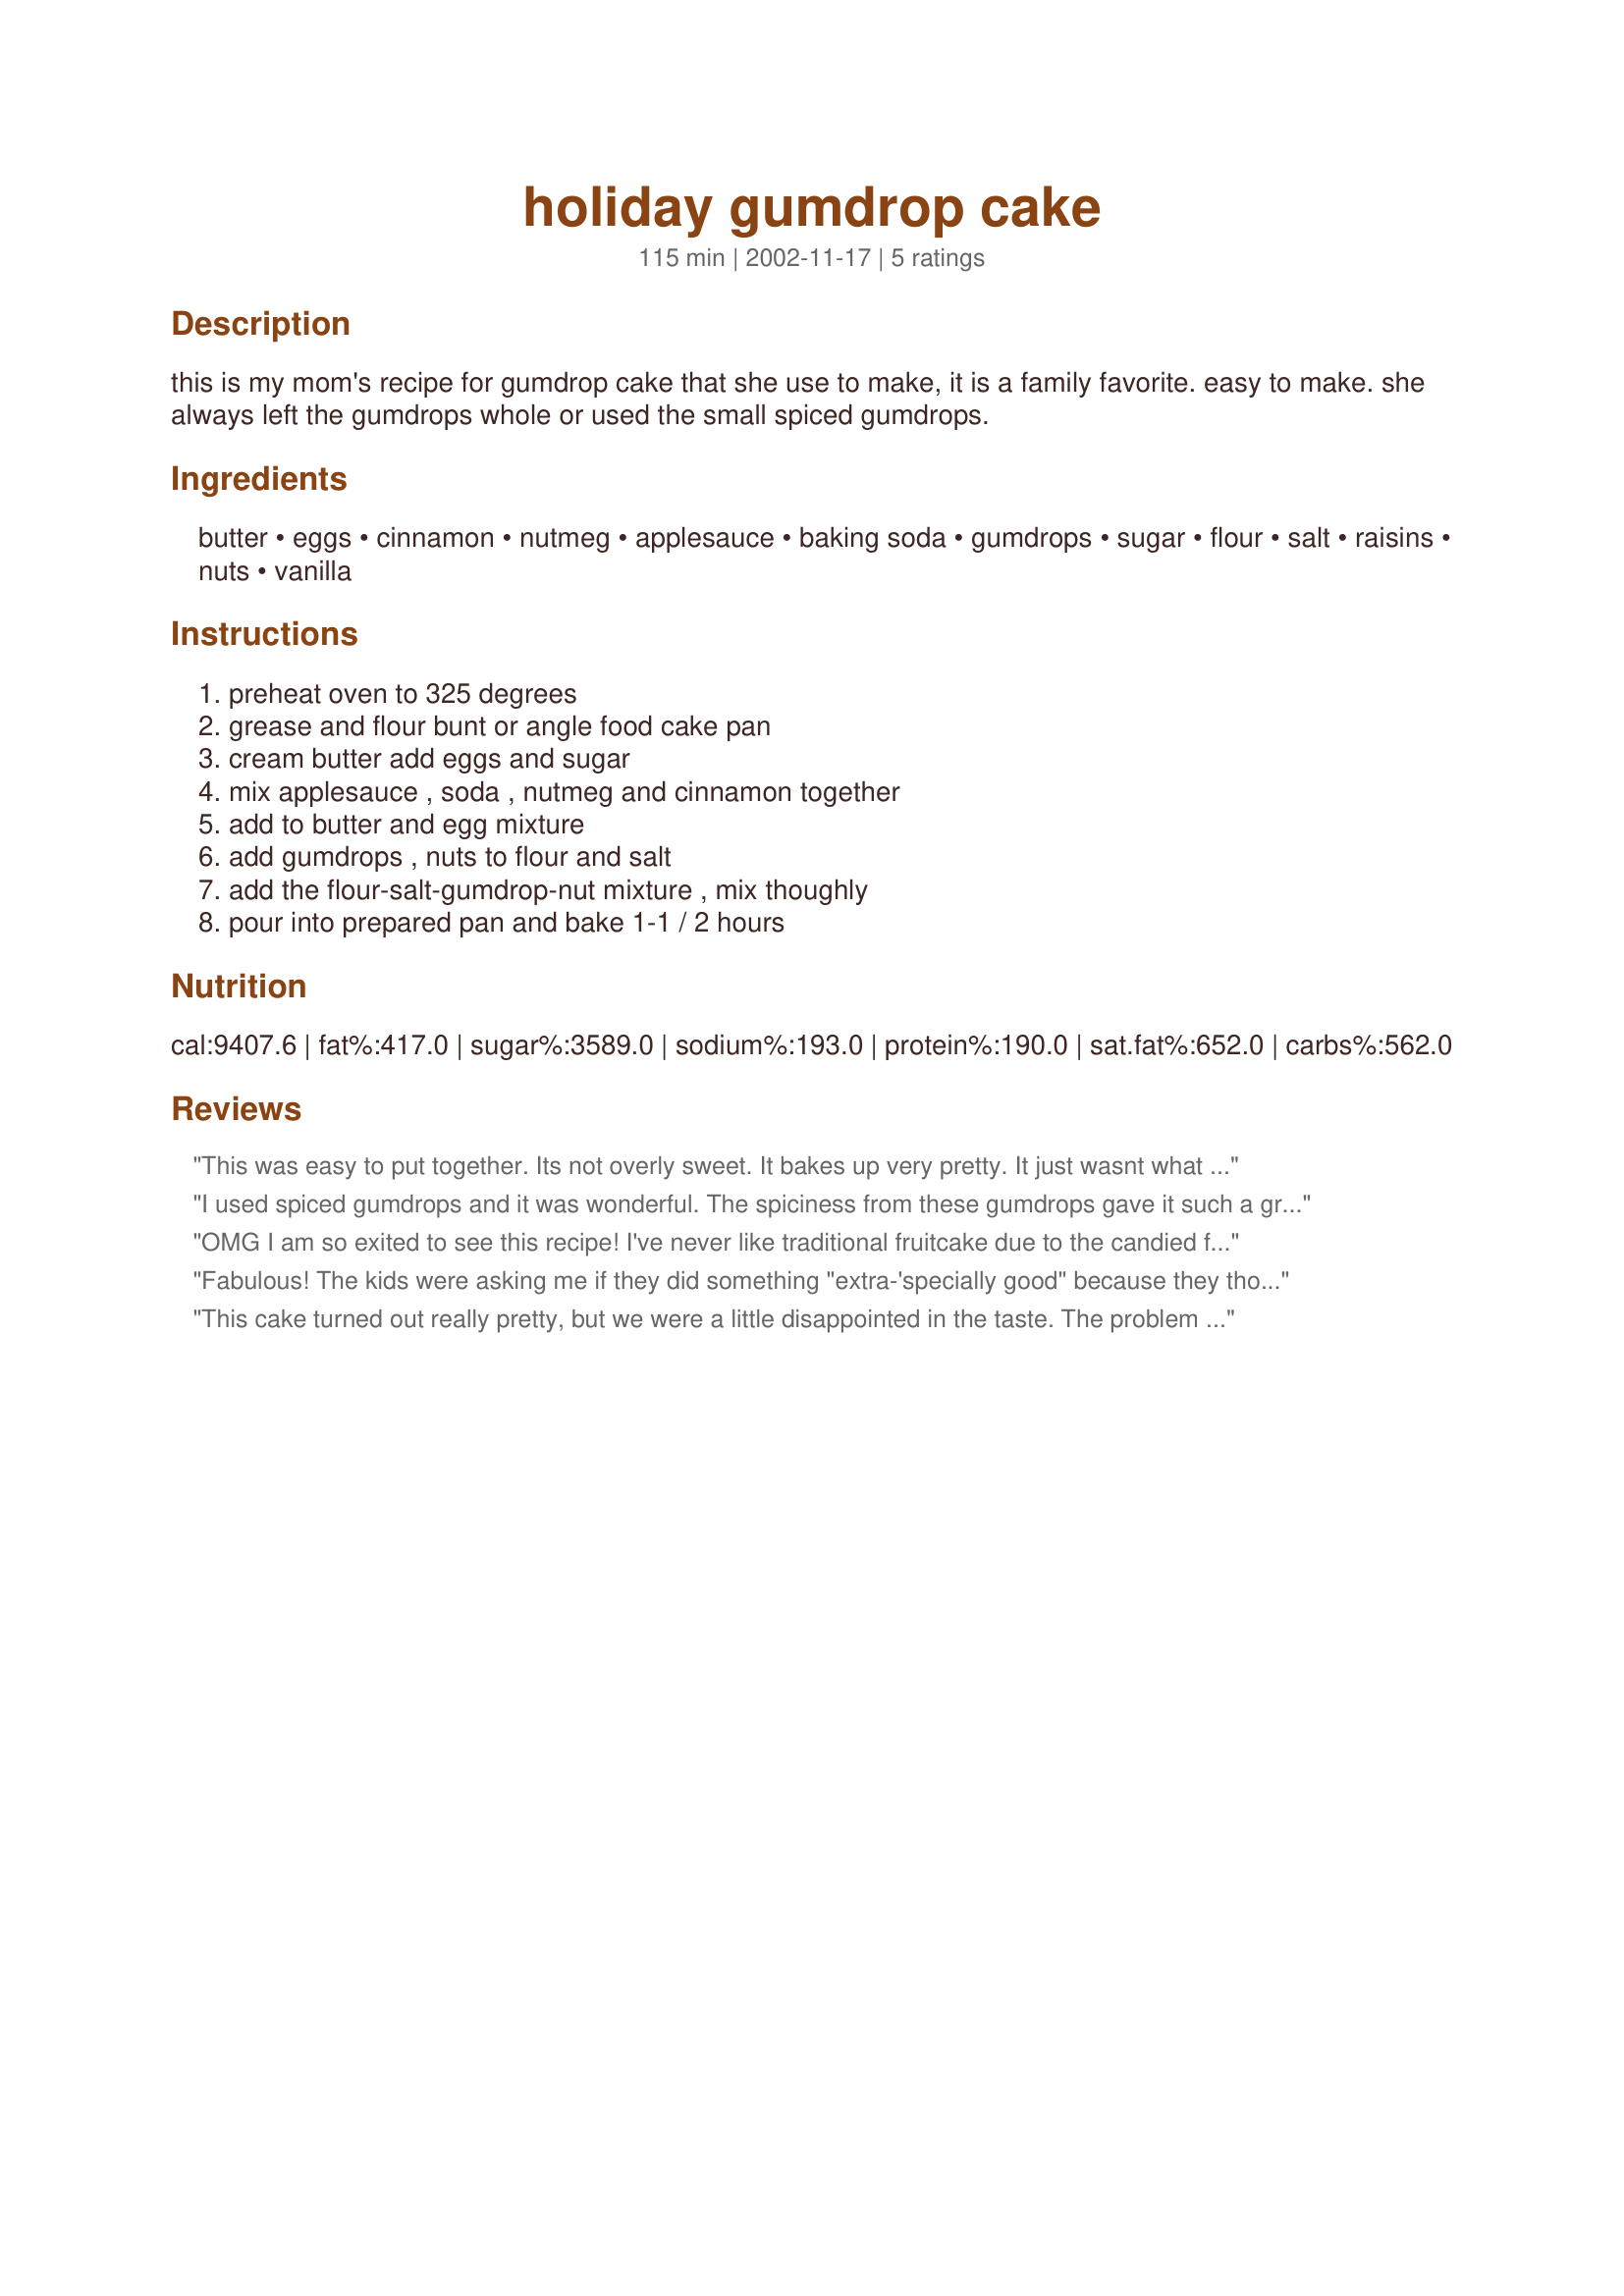
holiday gumdrop cake
Preparation time: 115 minutes

this is my mom's recipe for gumdrop cake that she use to make, it is a family favorite. easy to make. she always left the gumdrops whole or used the small spiced gumdrops.

Ingredients:
butter, eggs, cinnamon, nutmeg, applesauce, baking soda, gumdrops, sugar, flour, salt, raisins, nuts, vanilla

Steps:
preheat oven to 325 degrees, grease and flour bunt or angle food cake pan, cream butter add eggs and sugar, mix applesauce , soda , nutmeg and cinnamon together, add to butter and egg mixture, add gumdrops , nuts to flour and salt, add the flour-salt-gumdrop-nut mixture , mix thoughly, pour into prepared pan and bake 1-1 / 2 hours

Reviews:
This was easy to put together. Its not overly sweet. It bakes up very pretty. It just wasnt what we were looking for.
I used spiced gumdrops and it was wonderful. The spiciness from these gumdrops gave it such a great flavor with each bite! I did cut the gumdrops in half and it worked great! I left my nuts in larger pieces too and I used chunky applesauce in mine so you got bits of apple throughout too. I used a sugar glaze on the top and just drizzled it down over the top. We all loved it here! Such a pretty presentation and a real belly tickler for my grandkids!
OMG I am so exited to see this recipe! I've never like traditional fruitcake due to the candied fruit. Once as a child, my neighbor brought us over a "fruitcake" (in a loaf pan) for Christmas but instead of candied cherries there were gumdrops! I loved it and I've been looking for the recipe ever since. Looking forward to trying this.
Fabulous! The kids were asking me if they did something "extra-'specially good" because they thought I made this to reward them. This is not the kind of fruitcake that everyone groans when they get it at the holidays, and then gives it away, and it continues to be "given away" as a symbolic gift for years. This is one you will not only actually want to eat - but make again!
This cake turned out really pretty, but we were a little disappointed in the taste. The problem was that the gumdrops, numerous as they were, were just a tad overpowering. I would recommend halving the amount of gumdrops; that way, you get a gumdrop here and there instead of a mouthful with every bite. I'm glad I tried your recipe though, as I was curious about the whole idea of gumdrop cake. Thanks for sharing.
